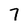
Character: 7